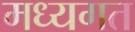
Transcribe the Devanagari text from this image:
मध्यगत